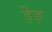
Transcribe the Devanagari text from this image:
ढ़ेड़